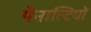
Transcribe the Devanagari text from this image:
पैनाल्टियों